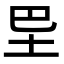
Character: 𡉷